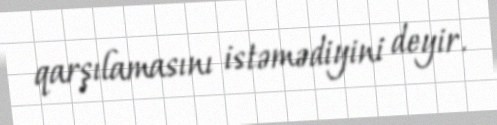
qarşılamasını istəmədiyini deyir.